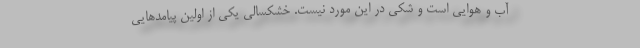
آب و هوایی است و شکی در این مورد نیست. خشکسالی یکی از اولین پیامدهایی